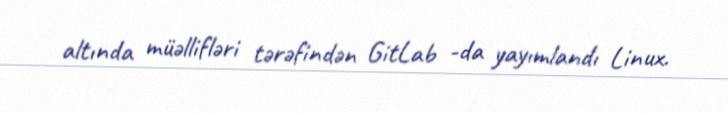
altında müəllifləri tərəfindən GitLab -da yayımlandı Linux.